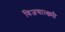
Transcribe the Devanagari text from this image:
विजयाल्क्ष्मी